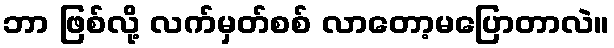
ဘာ ဖြစ်လို့ လက်မှတ်စစ် လာတော့မပြောတာလဲ။